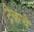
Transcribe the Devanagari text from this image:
ट्रेकचे